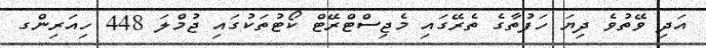
އަދި ވޭތުވެ ދިޔަ ހަފުތާގެ ތެރޭގައި މެޖިސްޓްރޭޓް ކޯޓުތަކުގައި ޖުމްލަ 448 ހިއަރިންގ